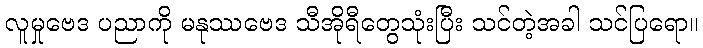
လူမှုဗေဒ ပညာကို မနုဿဗေဒ သီအိုရီတွေသုံးပြီး သင်တဲ့အခါ သင်ပြရော။